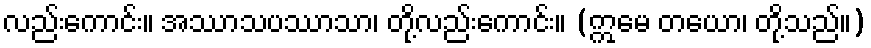
လည်းကောင်း။ အဿာသပဿာသာ၊ တို့လည်းကောင်း။ (ဣမေ တယော၊ တို့သည်။)